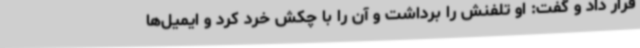
قرار داد و گفت: او تلفنش را برداشت و آن را با چکش خرد کرد و ایمیل‌ها